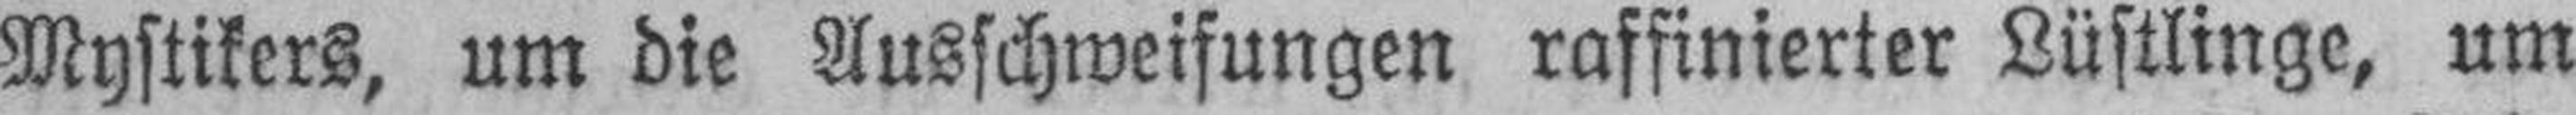
Mystikers, um die Ausschweifungen raffinierter Lüstlinge, um